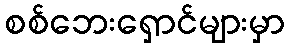
စစ်ဘေးရှောင်များမှာ